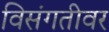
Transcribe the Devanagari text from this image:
विसंगतीवर